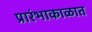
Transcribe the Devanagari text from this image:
प्रारंभाकाळात